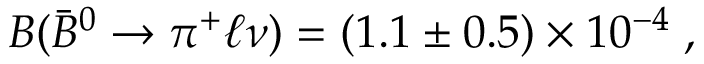
{ \cal B } ( \bar { B } ^ { 0 } \to \pi ^ { + } \ell \nu ) = ( 1 . 1 \pm 0 . 5 ) \times 1 0 ^ { - 4 } \; ,